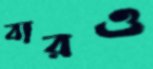
বারও